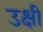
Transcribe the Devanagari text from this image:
उक्षी